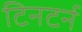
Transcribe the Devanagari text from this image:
टिनटर्न